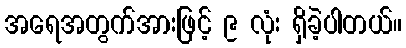
အရေအတွက်အားဖြင့် ၉ လုံး ရှိခဲ့ပါတယ်။